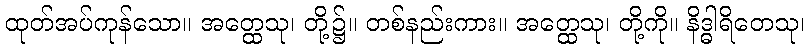
ထုတ်အပ်ကုန်သော။ အတ္ထေသု၊ တို့၌။ တစ်နည်းကား။ အတ္ထေသု၊ တို့ကို။ နိဒ္ဓါရိတေသု၊